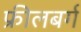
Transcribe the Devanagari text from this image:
फ्रीलबर्ग